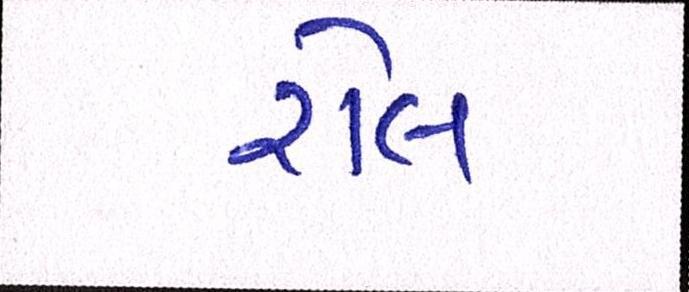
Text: રોલ